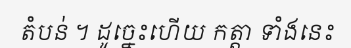
តំបន់ ។ ដូច្នេះហើយ កត្តា ទាំងនេះ